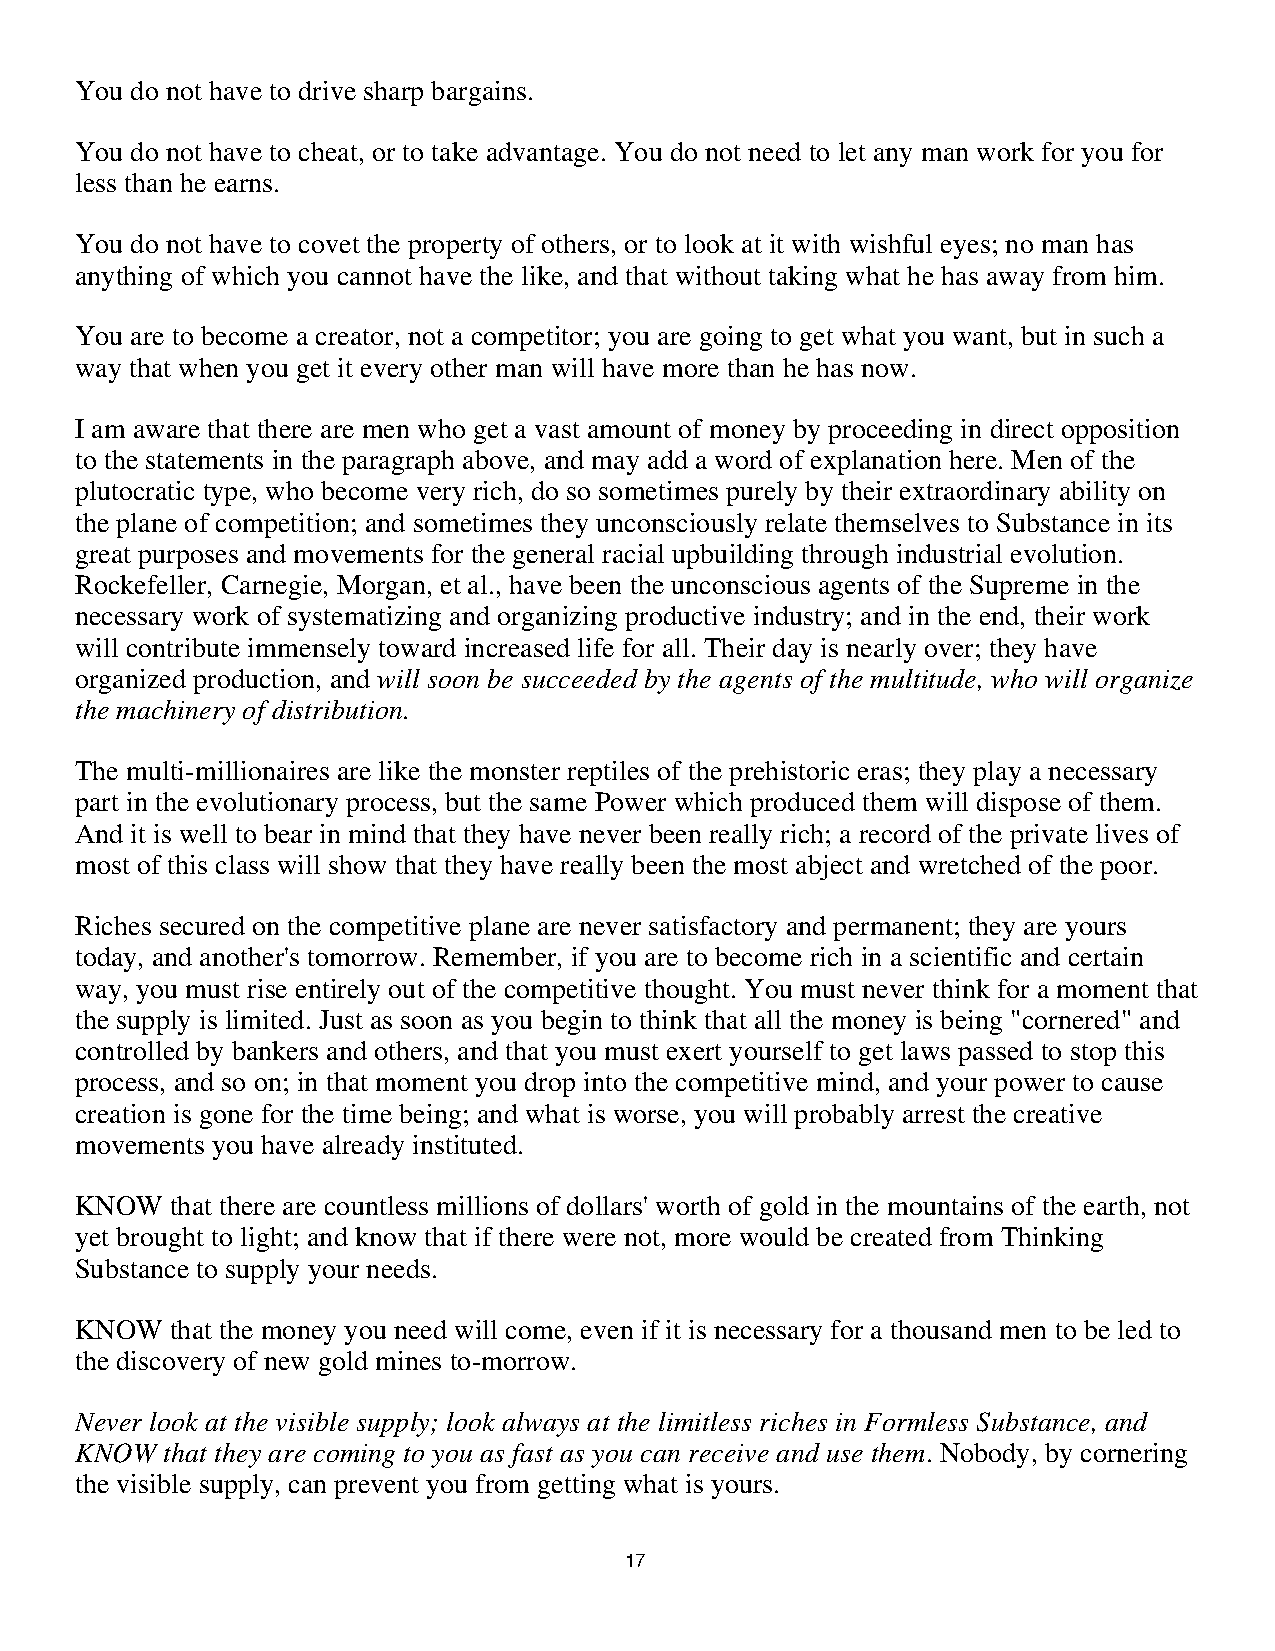
You do not have to drive sharp bargains.
 You do not have to cheat, or to take advantage. You do not need to let any man work for you for
 less than he earns.
 You do not have to covet the property of others, or to look at it with wishful eyes; no man has
 anything of which you cannot have the like, and that without taking what he has away from him.
 You are to become a creator, not a competitor; you are going to get what you want, but in such a
 way that when you get it every other man will have more than he has now.
 I am aware that there are men who get a vast amount of money by proceeding in direct opposition
 to the statements in the paragraph above, and may add a word of explanation here. Men of the
 plutocratic type, who become very rich, do so sometimes purely by their extraordinary ability on
 the plane of competition; and sometimes they unconsciously relate themselves to Substance in its
 great purposes and movements for the general racial upbuilding through industrial evolution.
 Rockefeller, Carnegie, Morgan, et al., have been the unconscious agents of the Supreme in the
 necessary work of systematizing and organizing productive industry; and in the end, their work
 will contribute immensely toward increased life for all. Their day is nearly over; they have
 organized production, and will soon be succeeded by the agents of the multitude, who will organize
 the machinery of distribution.
 The multi-millionaires are like the monster reptiles of the prehistoric eras; they play a necessary
 part in the evolutionary process, but the same Power which produced them will dispose of them.
 And it is well to bear in mind that they have never been really rich; a record of the private lives of
 most of this class will show that they have really been the most abject and wretched of the poor.
 Riches secured on the competitive plane are never satisfactory and permanent; they are yours
 today, and another's tomorrow. Remember, if you are to become rich in a scientific and certain
 way, you must rise entirely out of the competitive thought. You must never think for a moment that
 the supply is limited. Just as soon as you begin to think that all the money is being "cornered" and
 controlled by bankers and others, and that you must exert yourself to get laws passed to stop this
 process, and so on; in that moment you drop into the competitive mind, and your power to cause
 creation is gone for the time being; and what is worse, you will probably arrest the creative
 movements you have already instituted.
 KNOW  that there are countless millions of dollars' worth of gold in the mountains of the earth, not
 yet brought to light; and know that if there were not, more would be created from Thinking
 Substance to supply your needs.
 KNOW  that the money you need will come, even if it is necessary for a thousand men to be led to
 the discovery of new gold mines to-morrow.
 Never look at the visible supply; look always at the limitless riches in Formless Substance, and
 KNOW  that they are coming to you as fast as you can receive and use them. Nobody, by cornering
 the visible supply, can prevent you from getting what is yours.
 1177